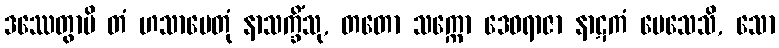
ဒဿေတွာပိ တံ ဟသာပေတုံ နာသက္ခိံသု, တတော သက္ကော ဒေဝရာဇာ နာဋကံ ပေသေသိ, သော